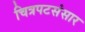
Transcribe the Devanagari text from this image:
चित्रपटसंसार